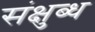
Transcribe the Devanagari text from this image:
संक्षुब्ध